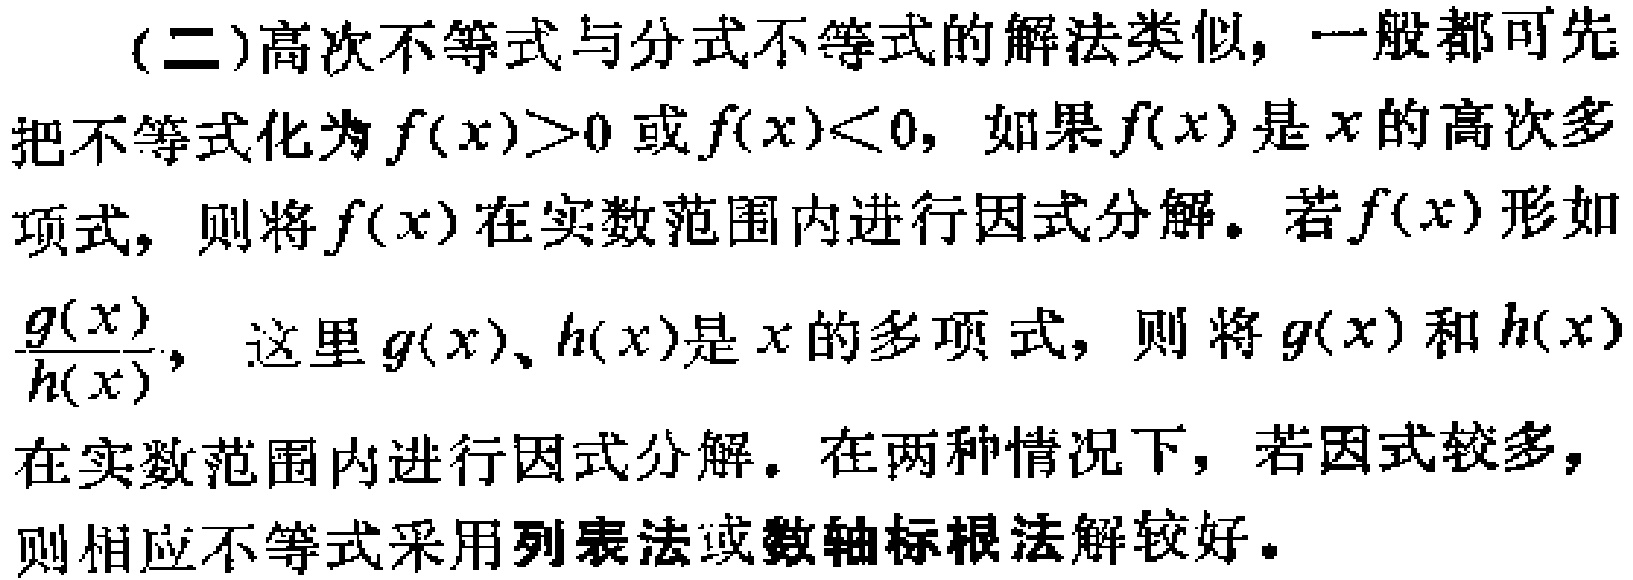
(二)高次不等式与分式不等式的解法类似，一般都可先把不等式化为\(f(x)>0\)或\(f(x)<0\)，如果\(f(x)\)是\(x\)的高次多项式，则将\(f(x)\)在实数范围内进行因式分解。若\(f(x)\)形如\(\frac{g(x)}{h(x)}\)，这里\(g(x)\)、\(h(x)\)是\(x\)的多项式，则将\(g(x)\)和\(h(x)\)在实数范围内进行因式分解。在两种情况下，若因式较多，则相应不等式采用列表法或数轴标根法解较好。